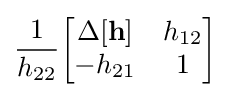
{\frac {1}{h_{22}}}{\begin{bmatrix}\Delta \mathbf {[h]} &h_{12}\\-h_{21}&1\end{bmatrix}}